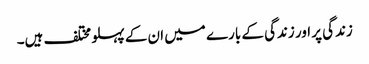
زندگی پر اور زندگی کے بارے میں ان کے پہلو مختلف ہیں۔